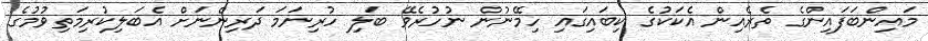
މައިންބަފައިންގެ ތެރެއިން އެކަކުގެ ކިބައިގައި ހިމޭނުން ނުހުރެވޭ ބަލި ހުރިނަމަ ދަރިންނަށް އެބަލިކުރިމަތިވުމުގެ